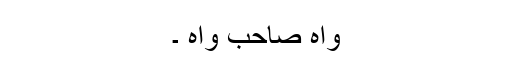
واہ صاحب واہ ۔